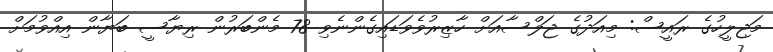
މަޖިލީހުގެ ރައީސް: މިއަދުގެ ޖަލްސާއަށް ހާޒިރުވެވަޑައިގެންނެވި 78 މެންބަރުން ރިޔާސީ ބަޔާން އިއްވުމަށް